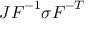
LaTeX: J { \boldsymbol { F } } ^ { - 1 } { \boldsymbol { \sigma } } { \boldsymbol { F } } ^ { - T }